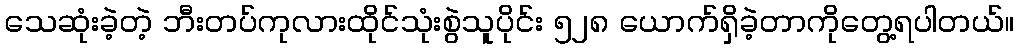
သေဆုံးခဲ့တဲ့ ဘီးတပ်ကုလားထိုင်သုံးစွဲသူပိုင်း ၅၂၈ ယောက်ရှိခဲ့တာကိုတွေ့ရပါတယ်။